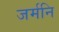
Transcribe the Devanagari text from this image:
जर्मनि